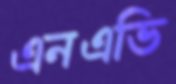
এনএভি